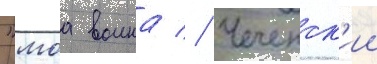
"моа воина // Чеченск'ии